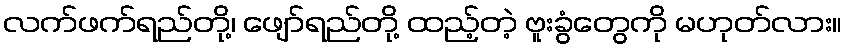
လက်ဖက်ရည်တို့၊ ဖျော်ရည်တို့ ထည့်တဲ့ ဗူးခွံတွေကို မဟုတ်လား။